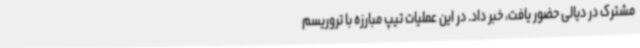
مشترک در دیالی حضور یافت، خبر داد. در این عملیات تیپ مبارزه با تروریسم